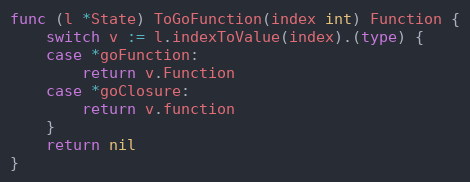
Language: Go
func (l *State) ToGoFunction(index int) Function {
	switch v := l.indexToValue(index).(type) {
	case *goFunction:
		return v.Function
	case *goClosure:
		return v.function
	}
	return nil
}